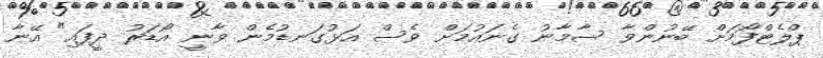
ޕްލެޓްފޯމަށް ބޭނުންވާ ސާމާނު ގެނައުމަށް ވެސް އަޅުގަނޑުމެން ވާނީ އޯޑަރު ދީފައި" އޭނާ